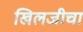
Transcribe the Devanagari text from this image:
खिलजीचा